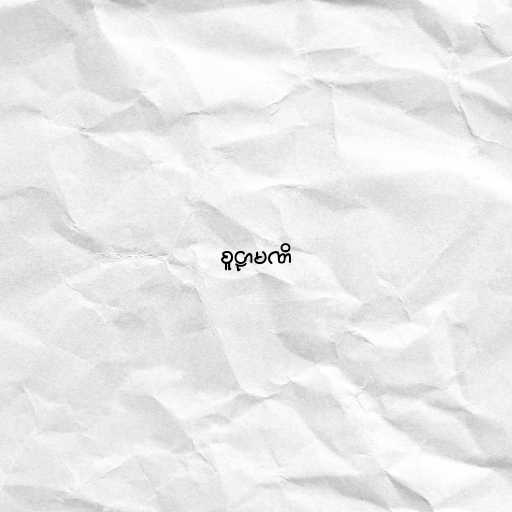
စူဠာမဏိ